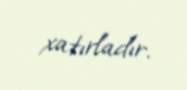
xatırladır.